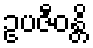
ဥပဇီဝန္တိ